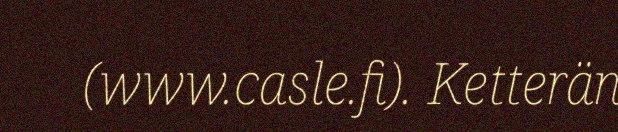
(www.casle.fi). Ketterän